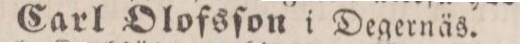
Carl Olofsſon i Degernäs.